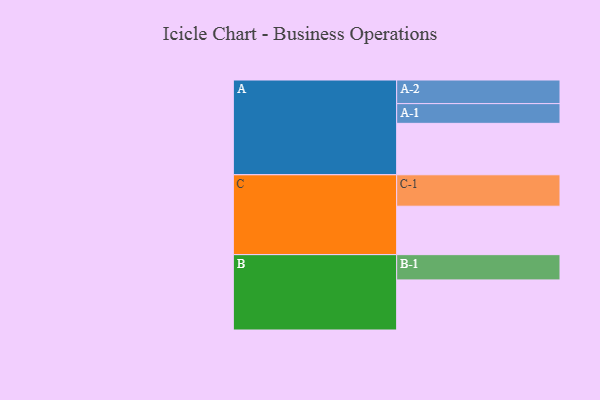
{"axis": {"x": "Segment", "y": "Value"}, "legend": ["", "A", "B", "C"], "data": [{"x": "A", "y": 466, "type": ""}, {"x": "B", "y": 454, "type": ""}, {"x": "C", "y": 439, "type": ""}, {"x": "A-1", "y": 179, "type": "A"}, {"x": "A-2", "y": 214, "type": "A"}, {"x": "B-1", "y": 229, "type": "B"}, {"x": "C-1", "y": 285, "type": "C"}]}